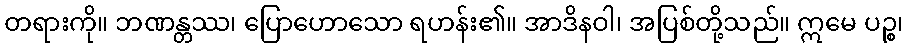
တရားကို။ ဘဏန္တဿ၊ ပြောဟောသော ရဟန်း၏။ အာဒိနဝါ၊ အပြစ်တို့သည်။ ဣမေ ပဉ္စ၊